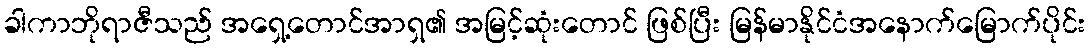
ခါကာဘိုရာဇီသည် အရှေ့တောင်အာရှ၏ အမြင့်ဆုံးတောင် ဖြစ်ပြီး မြန်မာနိုင်ငံအနောက်မြောက်ပိုင်း